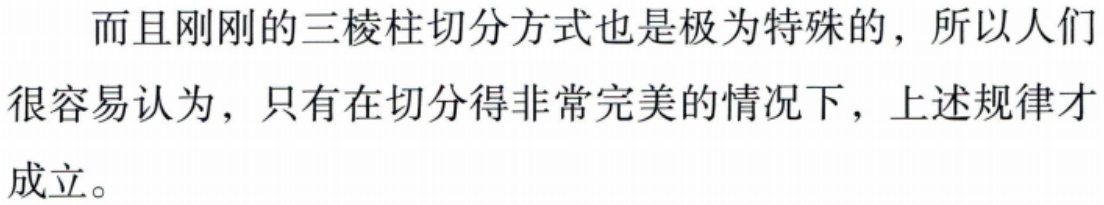
而且刚刚的三棱柱切分方式也是极为特殊的，所以人们很容易认为，只有在切分得非常完美的情况下，上述规律才成立。